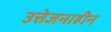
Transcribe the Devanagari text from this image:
उत्तेजनाहीन